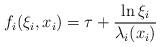
LaTeX: \begin{align*}f_i(\xi_i, x_i) = \tau + \frac{\ln \xi_i}{\lambda_i (x_{i})}\end{align*}